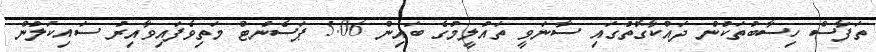
ތަފާސް ހިސާބުތަކުން ދައްކާގޮތުގައި ސާނަވީ ތައުލީމުގެ ބައިން 5.06 ޕަސެންޓް މަތިވެފައިވާއިރު ސައިކަލުން